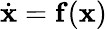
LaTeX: \dot{\mathbf{x}}=\mathbf{f}(\mathbf{x})